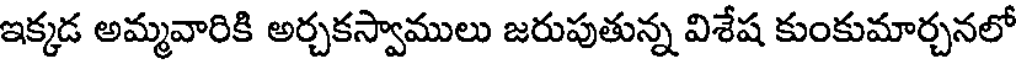
ఇక్కడ అమ్మవారికి అర్చకస్వాములు జరుపుతున్న విశేష కుంకుమార్చనలో